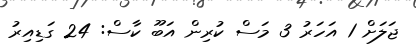
ޖަލަށް 1 އަހަރު 3 މަސް ކުރިން އަބޫ ކާސް: 24 ގަޑިއިރު